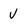
Character: V